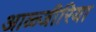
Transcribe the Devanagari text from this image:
आळ्जीरिया